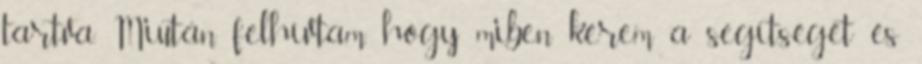
tartva. Miután felhívtam, hogy miben kérem a segítségét és